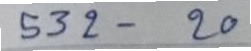
532 - 20